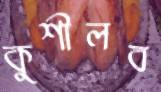
কুশীলব